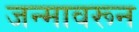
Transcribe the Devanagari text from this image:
जन्मावरून